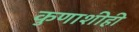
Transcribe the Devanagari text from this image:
कुणाशीही